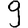
Digit: 9